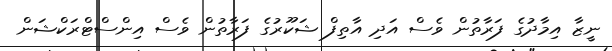
ނީޒާ އިމާދުގެ ފަރާތުން ވެސް އަދި އާތިފް ޝަކޫރުގެ ފަރާތުން ވެސް އިންސްޓްރަކްޝަން